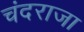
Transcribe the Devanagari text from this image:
चंदराजा